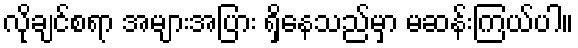
လိုချင်စရာ အများအပြား ရှိနေသည်မှာ မဆန်းကြယ်ပါ။